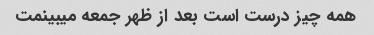
همه چیز درست است بعد از ظهر جمعه میبینمت